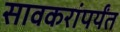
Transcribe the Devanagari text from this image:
सावकरांपर्यंत